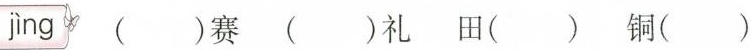
jìng ( )赛 ( )礼 田( ) 铜( )